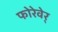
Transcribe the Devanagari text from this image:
फोरेवेर्